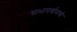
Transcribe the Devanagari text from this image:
सभापर्वामध्ये